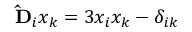
\mathbf { \hat { D } } _ { i } x _ { k } = 3 x _ { i } x _ { k } - \delta _ { i k }